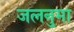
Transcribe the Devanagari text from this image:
जलनुमा